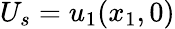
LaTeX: U_{s}=u_{1}(x_{1},0)